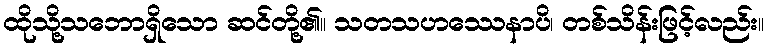
ထိုသို့သဘောရှိသော ဆင်တို့၏။ သတသဟဿေနာပိ၊ တစ်သိန်းဖြင့်လည်း။